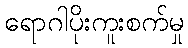
ရောဂါပိုးကူးစက်မှု